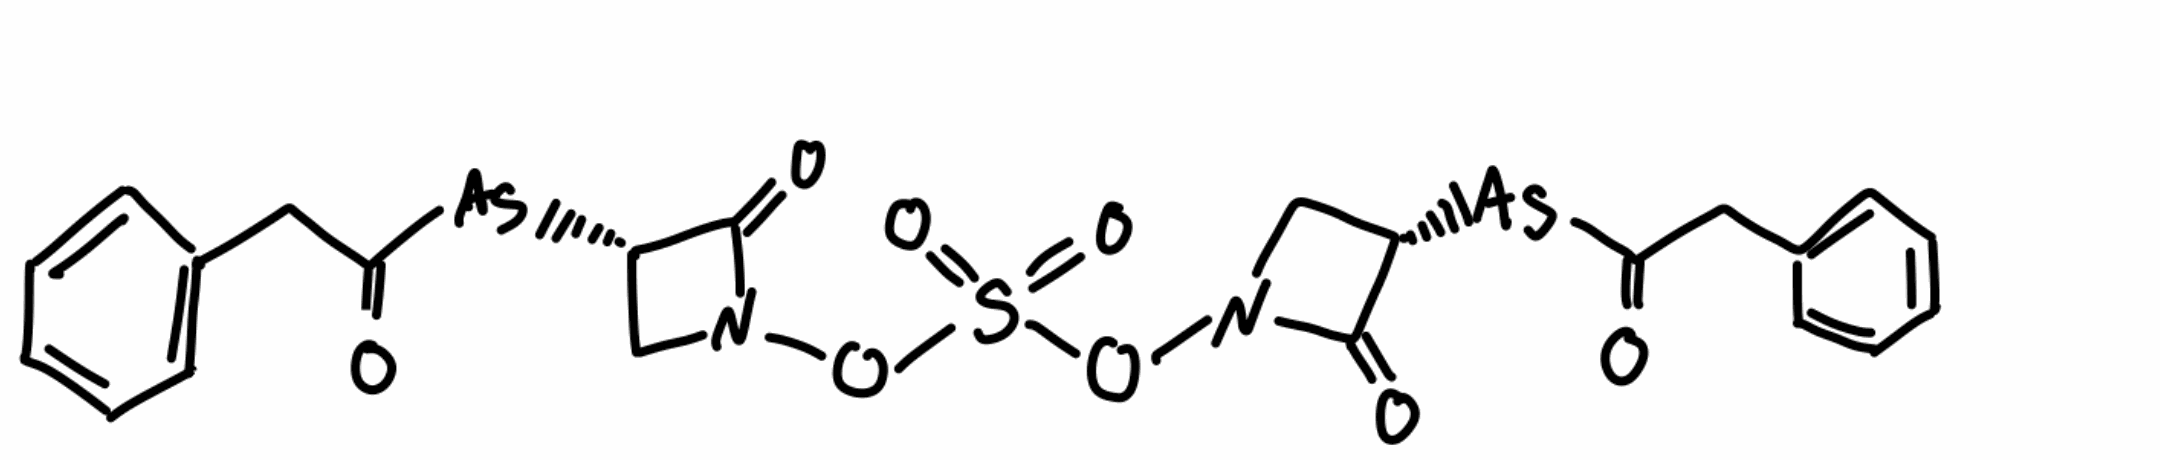
Simplified molecular-input line-entry system (SMILES) notation of the given molecule:
C1[C@@H](C(=O)N1OS(=O)(=O)ON2C[C@@H](C2=O)[As]C(=O)CC3=CC=CC=C3)[As]C(=O)CC4=CC=CC=C4